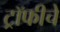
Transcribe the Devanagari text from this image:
ट्रॉफीचे